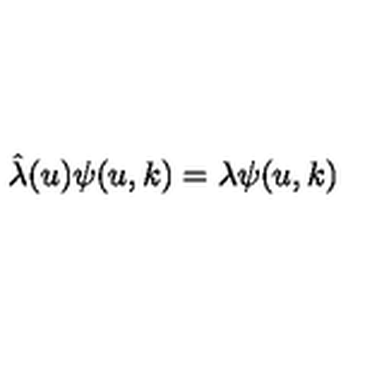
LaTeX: \hat { \lambda } ( u ) \psi ( u , k ) = \lambda \psi ( u , k )